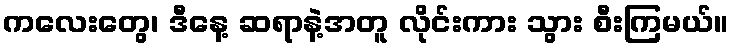
ကလေးတွေ၊ ဒီနေ့ ဆရာနဲ့အတူ လိုင်းကား သွား စီးကြမယ်။